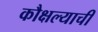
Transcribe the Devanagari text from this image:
कौक्षल्याची